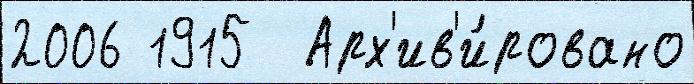
2006 1915  Арх'ив'и́ровано